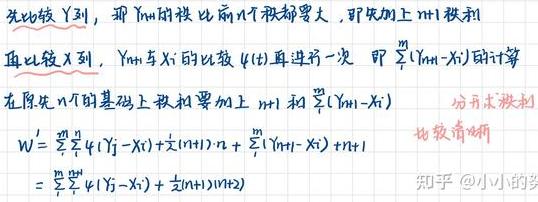
先比较 \(Y\) 到，那 \(Y_{n+1}\) 就比 前 \(n\) 个都要大，即先加上 \(n+1\) 秩和!
再比较 \(X\) 到， \(Y_{n+1}\) 与 \(X_i\) 的比较 \(t(X_i)\) 再进行一次 即 \(\sum_{i = 1}^{m}(Y_{n+1}-X_i)\) 的计算
在原先 \(n\) 个的基础上秩和加上 \(n + 1\) 和 \(\sum_{i = 1}^{m}(Y_{n+1}-X_i)\)
\[
\begin{align*}
W'&=\sum_{j = 1}^{n}\sum_{i = 1}^{m}t(Y_j - X_i)+\frac{1}{2}m(n + 1)+\sum_{i = 1}^{m}(Y_{n+1}-X_i)+n + 1\\
&=\sum_{j = 1}^{n}\sum_{i = 1}^{m}t(Y_j - X_i)+\frac{1}{2}m(n + 1)(n + 2)
\end{align*}
\]